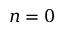
n = 0